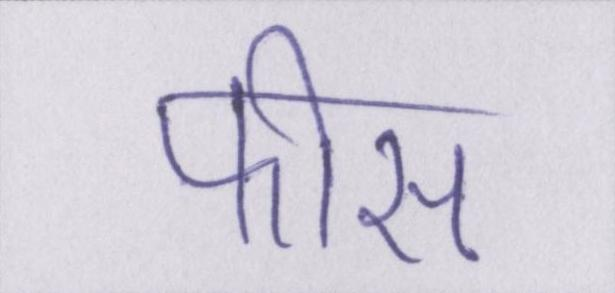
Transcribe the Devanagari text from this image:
फीस